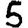
Digit: 5